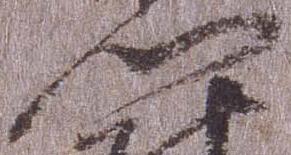
門